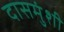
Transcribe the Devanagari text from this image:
दासमुंशी